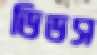
ডিডস